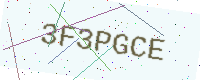
Text: 3F3PGCE